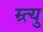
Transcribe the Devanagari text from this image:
म्र्त्यु